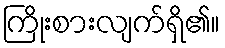
ကြိုးစားလျက်ရှိ၏။